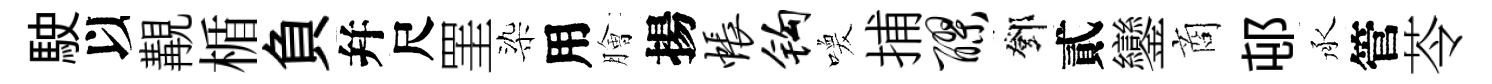
駛以覯楯負幷尺罣染用膾揚帐钩喚捕醪鄧貳鑾商邨承管苓